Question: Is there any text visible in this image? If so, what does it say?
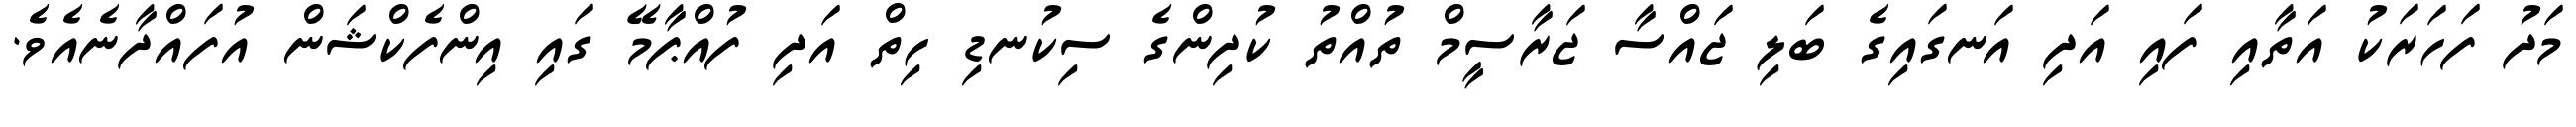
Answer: މަދު ފަހަރަކު އަތާއި ފައި އަދި އަނގައިގެ ބަލި ޖައްސާ ޖަރާސީމް ތުއްތު ކުދިންގެ ސިކުނޑި ހިތް އަދި ފުއްޕާމޭ ގައި އިންފެކްޝަން އުފައްދާނެއެވެ.